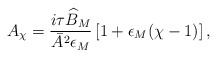
\begin{align*}A_\chi = \frac{i \tau \widehat{B}_M}{\bar{A}^2 \epsilon_M} \left[ 1 + \epsilon_M (\chi -1) \right],\end{align*}